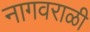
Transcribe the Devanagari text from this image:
नागवराळी